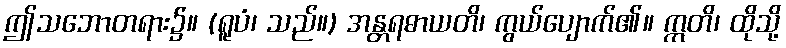
ဤသဘောတရား၌။ (ရူပံ၊ သည်။) အန္တရဓာယတိ၊ ကွယ်ပျောက်၏။ ဣတိ၊ ထိုသို့